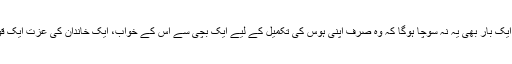
کیا اس مرد نے اس بچی پر غلط نگاہ ڈالنے سے قبل ایک بار بھی یہ نہ سوچا ہوگا کہ وہ صرف اپنی ہوس کی تکمیل کے لیے ایک بچی سے اس کے خواب، ایک خاندان کی عزت ایک قوم کا روشن مستقبل اور نجانے کیا کیا چھین رہا ہے۔